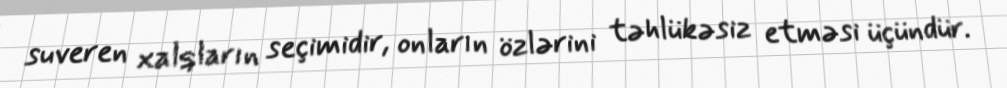
suveren xalqların seçimidir, onların özlərini təhlükəsiz etməsi üçündür.